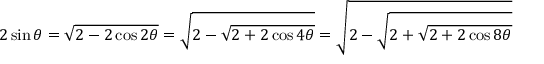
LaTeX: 2 \sin \theta = { \sqrt { 2 - 2 \cos 2 \theta } } = { \sqrt { 2 - { \sqrt { 2 + 2 \cos 4 \theta } } } } = { \sqrt { 2 - { \sqrt { 2 + { \sqrt { 2 + 2 \cos 8 \theta } } } } } }